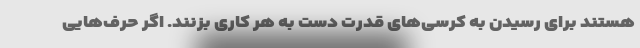
هستند برای رسیدن به کرسی‌های قدرت دست به هر کاری بزنند. اگر حرف‌هایی